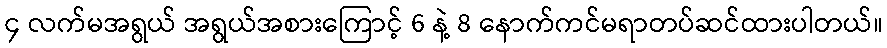
၄ လက်မအရွယ် အရွယ်အစားကြောင့် 6 နဲ့ 8 နောက်ကင်မရာတပ်ဆင်ထားပါတယ်။